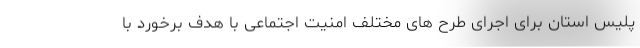
پلیس استان برای اجرای طرح های مختلف امنیت اجتماعی با هدف برخورد با